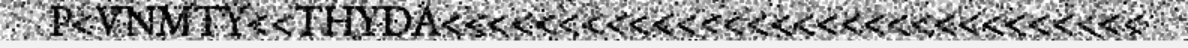
P<VNMTY<<THYDA<<<<<<<<<<<<<<<<<<<<<<<<<<<<<<